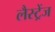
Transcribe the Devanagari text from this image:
लैस्ट्रेंज